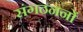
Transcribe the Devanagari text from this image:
संगठननों